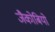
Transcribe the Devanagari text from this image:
जैकोबियो